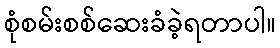
စုံစမ်းစစ်ဆေးခံခဲ့ရတာပါ။